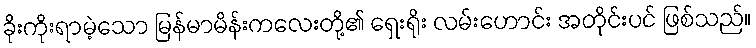
ခိုးကိုးရာမဲ့သော မြန်မာမိန်းကလေးတို့၏ ရှေးရိုး လမ်းဟောင်း အတိုင်းပင် ဖြစ်သည်။